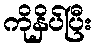
ကိုနှိပ်ပြီး